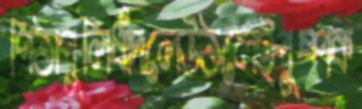
পিঠাপুলিধাঁদলেউঠলেইপুষ্পক